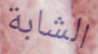
الشابة